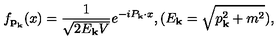
f _ { { \bf p } _ { \bf k } } ( x ) = \frac { 1 } { \sqrt { 2 E _ { \bf k } V } } e ^ { - i P _ { \bf k } \cdot x } , ( E _ { \bf k } = \sqrt { p _ { \bf k } ^ { 2 } + m ^ { 2 } } ) ,